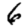
Digit: 6